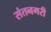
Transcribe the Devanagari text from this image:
संतनगरी